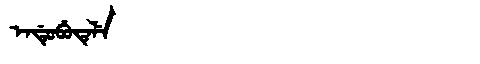
Manchu: ᡝᠨᡩᡠᠪᡠᡨᡝᠯᡝ
Romanization: ENDUBUTELE